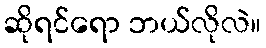
ဆိုရင်ရော ဘယ်လိုလဲ။